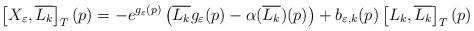
LaTeX: \begin{align*} \left[X_{\varepsilon}, \overline{L_{k}}\right]_{T}(p) = -e^{g_{\varepsilon}(p)}\left(\overline{L_{k}}g_{\varepsilon}(p)-\alpha(\overline{L_{k}})(p)\right) + b_{\varepsilon, k}(p)\left[L_{k}, \overline{L_{k}}\right]_{T}(p)\;\end{align*}